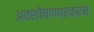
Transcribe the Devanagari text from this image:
अवशोषणप्रक्रम